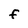
Character: F